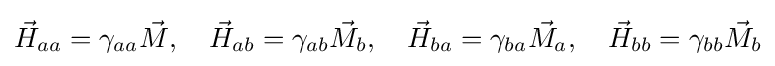
{\vec {H}}_{aa}=\gamma _{aa}{\vec {M}},\quad {\vec {H}}_{ab}=\gamma _{ab}{\vec {M}}_{b},\quad {\vec {H}}_{ba}=\gamma _{ba}{\vec {M}}_{a},\quad {\vec {H}}_{bb}=\gamma _{bb}{\vec {M}}_{b}